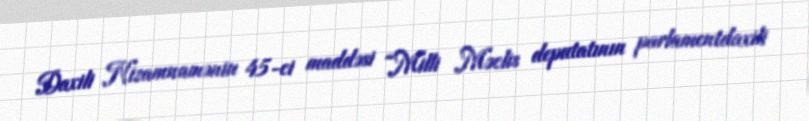
Daxili Nizamnamənin 45-ci maddəsi “Milli Məclis deputatının parlamentdaxili